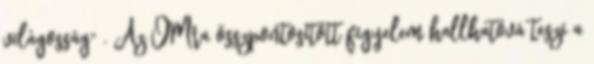
világosság" . Az OMra összpontosított figyelem hallhatóvá teszi a